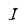
Character: I